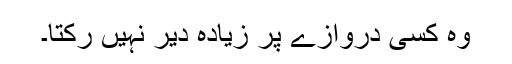
وہ کسی دروازے پر زیادہ دیر نہیں رْکتا۔